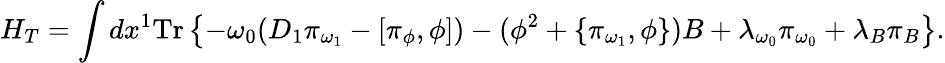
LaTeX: H_{T}=\int dx^{1}\mathrm{Tr}\left\{ -\omega_{0}(D_{1}\pi_{\omega_{1}}-[\pi_{\phi},\phi])-(\phi^{2}+\{ \pi_{\omega_{1}},\phi\} )B+\lambda_{\omega_{0}}\pi_{\omega_{0}}+\lambda_{B}\pi_{B}\right\} .